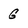
Character: G